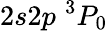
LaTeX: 2s2p\phantom{\rule{0.3em}{0ex}}^{3}P_{0}